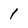
Character: 1